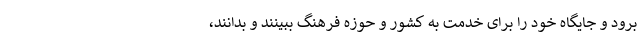
برود و جایگاه خود را برای خدمت به کشور و حوزه فرهنگ ببینند و بدانند،